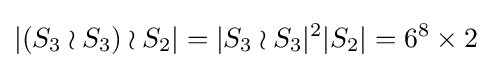
|(S_{3}\wr S_{3})\wr S_{2}|=|S_{3}\wr S_{3}|^{2}|S_{2}|=6^{8}\times 2